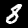
Digit: 8